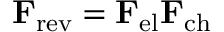
\mathbf { F } _ { \mathrm { r e v } } = \mathbf { F } _ { \mathrm { e l } } \mathbf { F } _ { \mathrm { c h } }